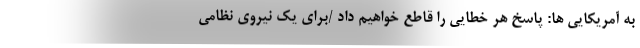
به آمریکایی ها: پاسخ هر خطایی را قاطع خواهیم داد /برای یک نیروی نظامی